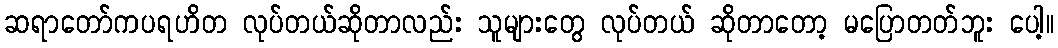
ဆရာတော်ကပရဟိတ လုပ်တယ်ဆိုတာလည်း သူများတွေ လုပ်တယ် ဆိုတာတော့ မပြောတတ်ဘူး ပေါ့။